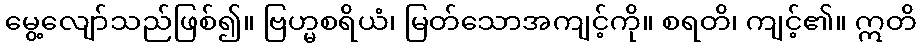
မွေ့လျော်သည်ဖြစ်၍။ ဗြဟ္မစရိယံ၊ မြတ်သောအကျင့်ကို။ စရတိ၊ ကျင့်၏။ ဣတိ